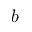
b